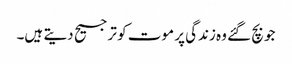
جو بچ گئے وہ زندگی پر موت کو ترجیح دیتے ہیں۔